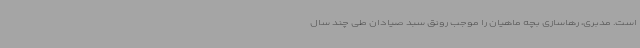
است. مدبری، رهاسازی بچه ماهیان را موجب رونق سبد صیادان طی چند سال